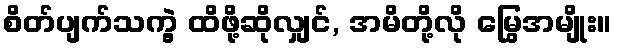
စိတ်ပျက်သကွဲ့ ထိဖို့ဆိုလျှင်, အမိတို့လို မြွေအမျိုး။